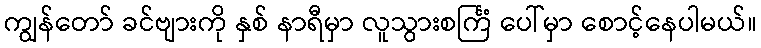
ကျွန်တော် ခင်ဗျားကို နှစ် နာရီမှာ လူသွားစင်္ကြံ ပေါ်မှာ စောင့်နေပါမယ်။